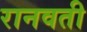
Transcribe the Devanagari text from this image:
रानवती